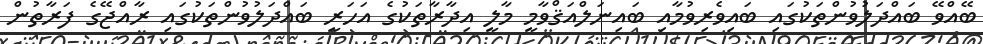
ބޭއްވޭ ބައްދަލުވުންތަކުގައި ބައިވެރިވުމާއި ބައިނަލްއަޤްވާމީ މާލީ އިދާރާތަކުގެ އަހަރީ ބައްދަލުވުންތަކުގައި ރާއްޖޭގެ ފަރާތުން